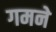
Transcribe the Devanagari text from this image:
गमने